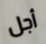
أجل